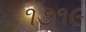
૧૭૧૯